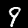
Digit: 9